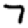
Digit: 7